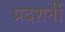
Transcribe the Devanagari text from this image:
प्रदशर्नी